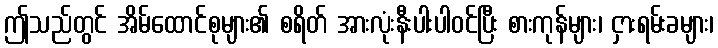
ဤသည်တွင် အိမ်ထောင်စုများ၏ စရိတ် အားလုံးနီးပါးပါဝင်ပြီး စားကုန်များ၊ ငှားရမ်းခများ၊